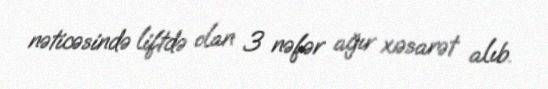
nəticəsində liftdə olan 3 nəfər ağır xəsarət alıb.